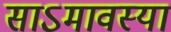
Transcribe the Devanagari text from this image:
साऽमावस्या